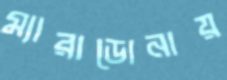
ম্যারাডোনায়